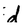
Character: d